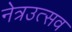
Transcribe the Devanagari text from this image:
नेत्रउत्सव